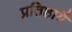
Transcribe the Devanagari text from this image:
प्रतिष्ठायै